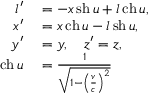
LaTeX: \begin{array} { r l } { l ^ { \prime } } & { { } = - x \operatorname { s h } u + l \operatorname { c h } u , } \\ { x ^ { \prime } } & { { } = x \operatorname { c h } u - l \operatorname { s h } u , } \\ { y ^ { \prime } } & { { } = y , \quad z ^ { \prime } = z , } \\ { \operatorname { c h } u } & { { } = { \frac { 1 } { \sqrt { 1 - \left( { \frac { v } { c } } \right) ^ { 2 } } } } } \end{array}